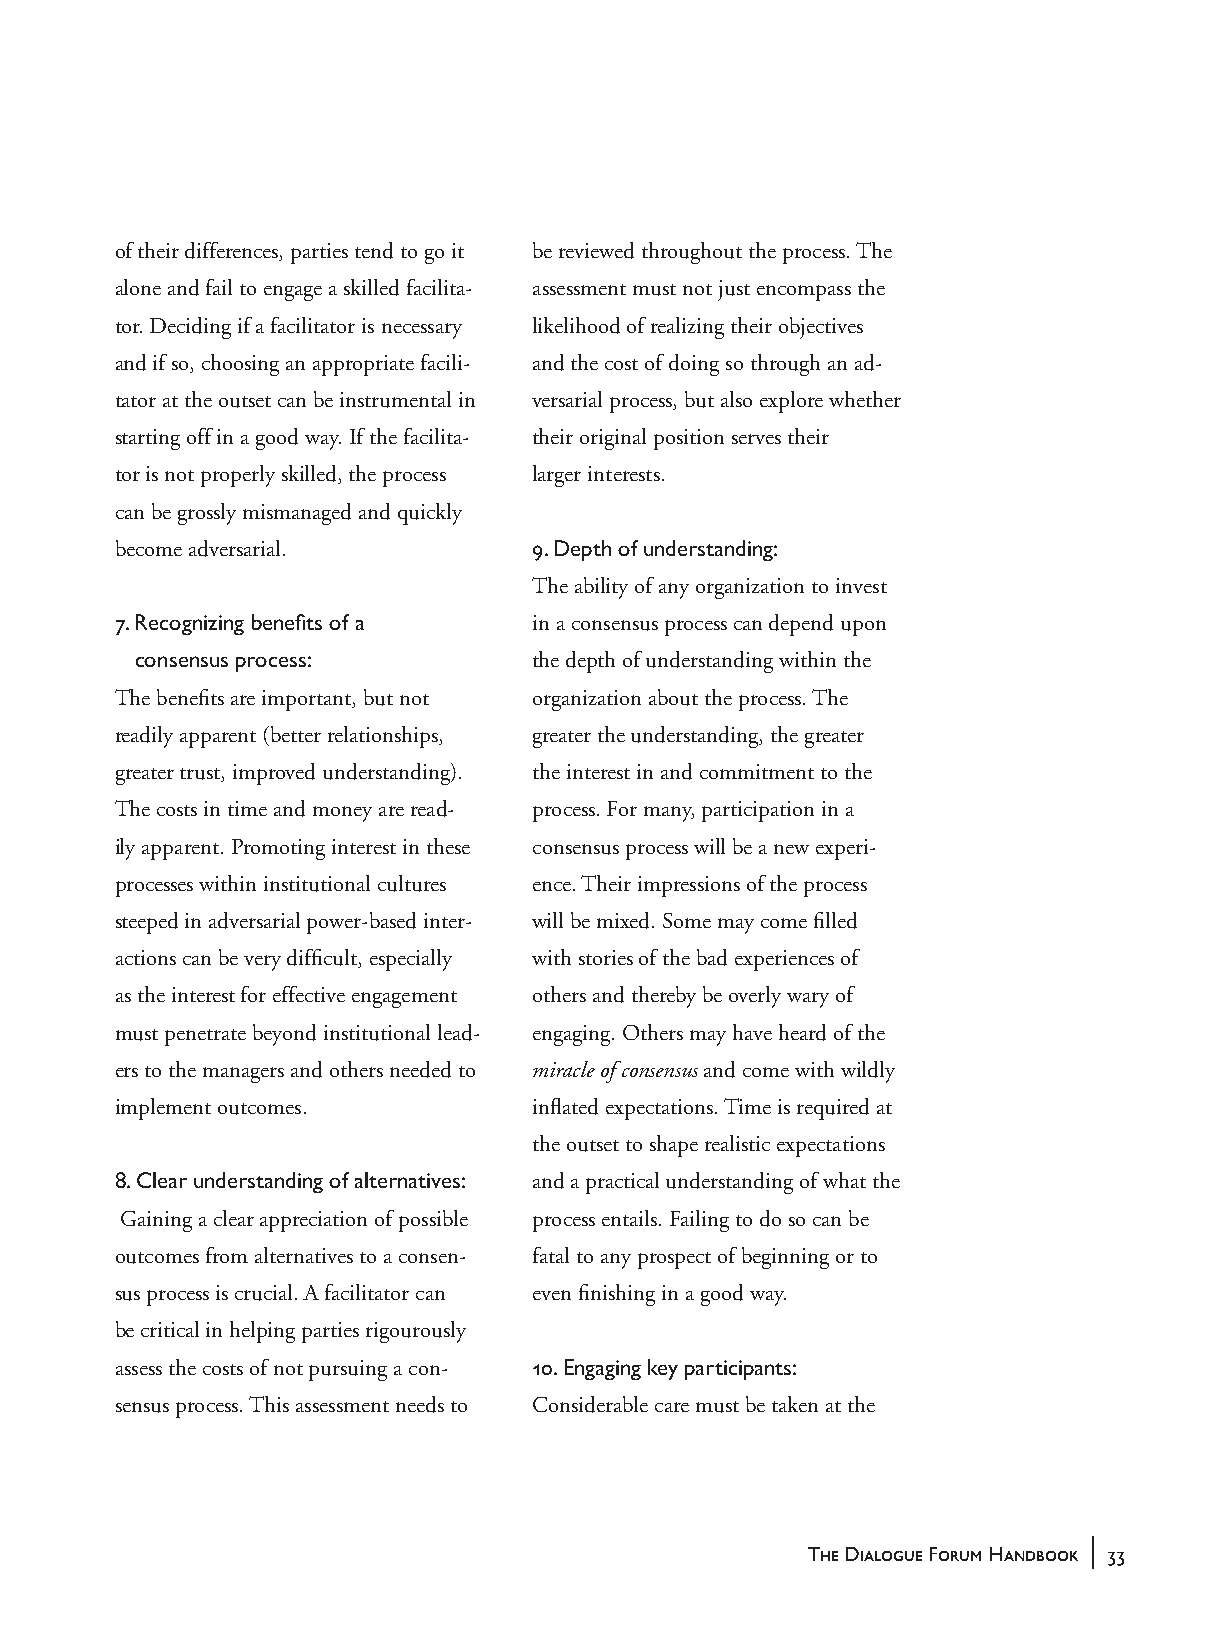
of their differences, parties tend to go it be reviewed throughout the process. The
 alone and fail to engage a skilled facilita- assessment must not just encompass the
 tor. Deciding if a facilitator is necessary likelihood of realizing their objectives
 and if so, choosing an appropriate facili- and the cost of doing so through an ad-
 tator at the outset can be instrumental in versarial process, but also explore whether
 starting off in a good way. If the facilita- their original position serves their
 tor is not properly skilled, the process larger interests.
 can be grossly mismanaged and quickly
 become adversarial.         9. Depth of understanding:
 The ability of any organization to invest
 7. Recognizing benefits of a in a consensus process can depend upon
 consensus process:        the depth of understanding within the
 The benefits are important, but not organization about the process. The
 readily apparent (better relationships, greater the understanding, the greater
 greater trust, improved understanding). the interest in and commitment to the
 The costs in time and money are read- process. For many, participation in a
 ily apparent. Promoting interest in these consensus process will be a new experi-
 processes within institutional cultures ence. Their impressions of the process
 steeped in adversarial power-based inter- will be mixed. Some may come filled
 actions can be very difficult, especially with stories of the bad experiences of
 as the interest for effective engagement others and thereby be overly wary of
 must penetrate beyond institutional lead- engaging. Others may have heard of the
 ers to the managers and others needed to miracle of consensus and come with wildly
 implement outcomes.         inflated expectations. Time is required at
 the outset to shape realistic expectations
 8. Clear understanding of alternatives: and a practical understanding of what the
 Gaining a clear appreciation of possible process entails. Failing to do so can be
 outcomes from alternatives to a consen- fatal to any prospect of beginning or to
 sus process is crucial. A facilitator can even finishing in a good way.
 be critical in helping parties rigourously
 assess the costs of not pursuing a con- 10. Engaging key participants:
 sensus process. This assessment needs to Considerable care must be taken at the
 |
 The Dialogue Forum Handbook 33
 handbook_web         33                             5/30/04, 4:37 PM